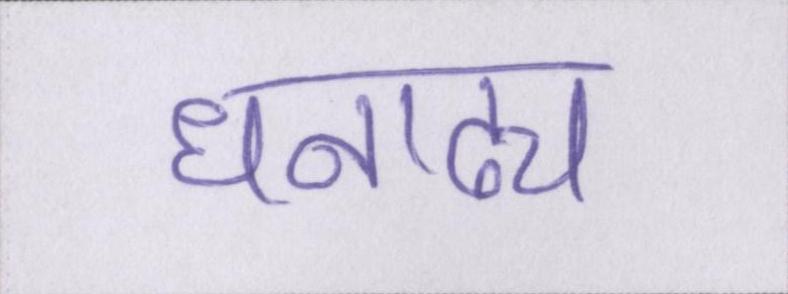
धनाढ्य